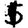
Digit: 1